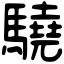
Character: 驍